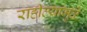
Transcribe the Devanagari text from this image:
राहील्यामुळे